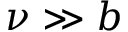
\nu \gg b